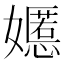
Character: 嬺